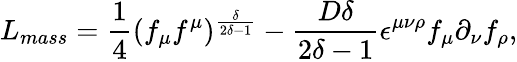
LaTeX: L_{mass}=\frac{1}{4}(f_{\mu}f^{\mu})^{\frac{\delta}{2\delta-1}}-\frac{D\delta}{2\delta-1}\epsilon^{\mu\nu\rho}f_{\mu}\partial_{\nu}f_{\rho},